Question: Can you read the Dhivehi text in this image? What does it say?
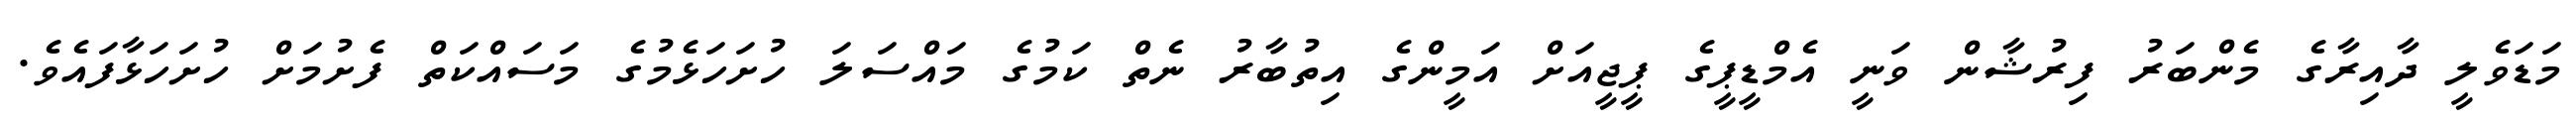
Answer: މަޑަވެލީ ދާއިރާގެ މެންބަރު ފިރުޝާން ވަނީ އެމްޑީޕީގެ ޕީޖީއަށް އަމީންގެ އިތުބާރު ނެތް ކަމުގެ މައްސަލަ ހުށަހަޅެމުގެ މަސައްކަތް ފެށުމަށް ހުށަހަޅާފައެވެ.